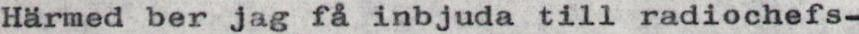
Härmed ber jag få inbjuda till radiochefs-